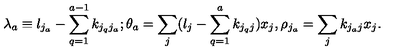
\lambda _ { a } \equiv l _ { j _ { a } } - \sum _ { q = 1 } ^ { a - 1 } k _ { j _ { q } j _ { a } } ; \theta _ { a } = \sum _ { j } ( l _ { j } - \sum _ { q = 1 } ^ { a } k _ { j _ { q } j } ) x _ { j } , \rho _ { j _ { a } } = \sum _ { j } k _ { j _ { a } j } x _ { j } .